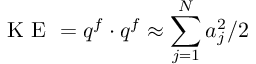
\mathrm { ~ K ~ E ~ } = \boldsymbol { q } ^ { f } \cdot \boldsymbol { q } ^ { f } \approx \sum _ { j = 1 } ^ { N } a _ { j } ^ { 2 } / 2